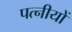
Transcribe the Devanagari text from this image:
पत्नीयों